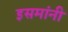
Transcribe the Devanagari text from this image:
इसमांनी